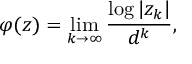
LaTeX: \varphi ( z ) = \operatorname* { l i m } _ { k \to \infty } { \frac { \log | z _ { k } | } { d ^ { k } } } ,